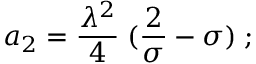
a _ { 2 } = { \frac { \lambda ^ { 2 } } { 4 } } \; ( { \frac { 2 } { \sigma } } - \sigma ) \; ;